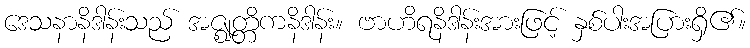
ဒေသနာနိဒါန်းသည် အဇ္ဈတ္တိကနိဒါန်း။ ဗာဟိရနိဒါန်းအားဖြင့် နှစ်ပါးအပြားရှိ၏။